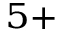
^ { 5 + }